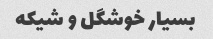
بسیار خوشگل و شیکه